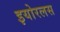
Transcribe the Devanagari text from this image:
इयोरलस